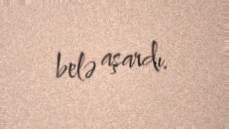
belə aşardı.